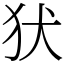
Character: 犾